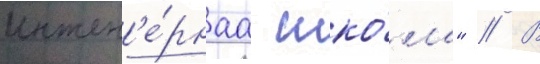
инжен'е́рнаа шко́ла" // В